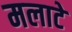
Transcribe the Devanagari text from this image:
मलाटे